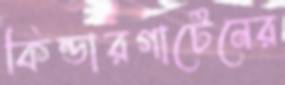
কিন্ডারগার্টেনের